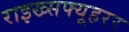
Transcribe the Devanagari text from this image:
राइख्सफ्यूहरर